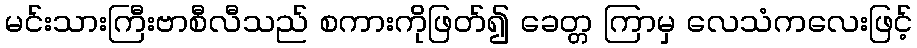
မင်းသားကြီးဗာစီလီသည် စကားကိုဖြတ်၍ ခေတ္တ ကြာမှ လေသံကလေးဖြင့်